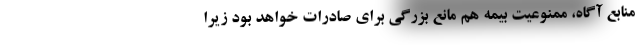
منابع آگاه، ممنوعیت بیمه هم مانع بزرگی برای صادرات خواهد بود زیرا